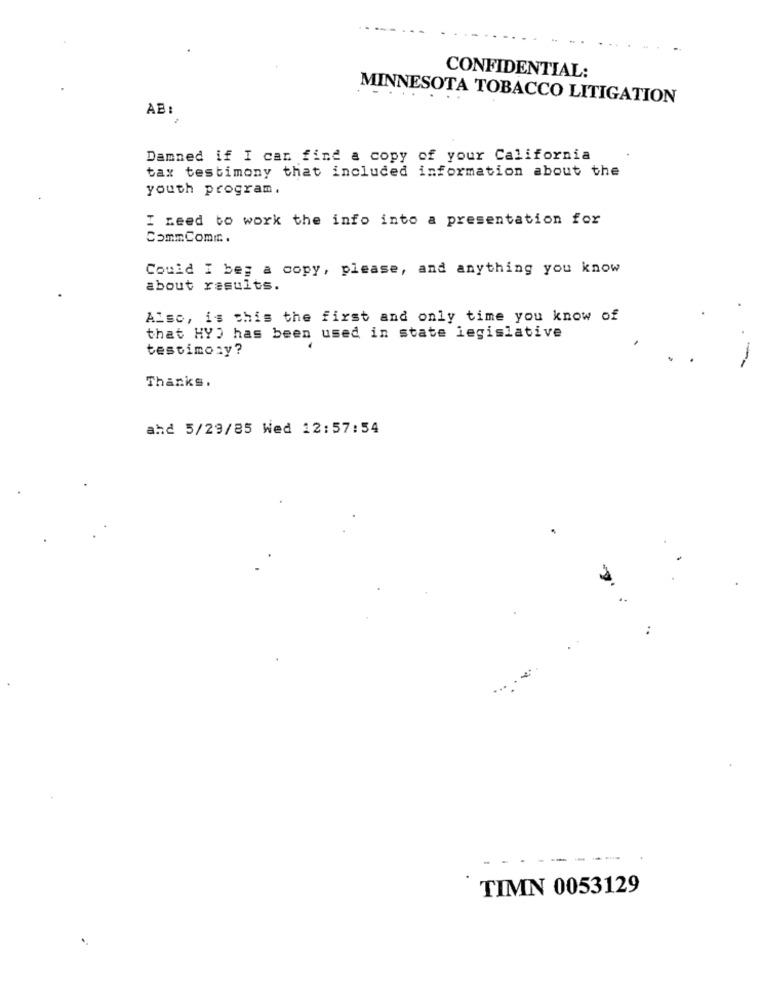
CONFIDENTIAL:
MINNESOTA TOBACCO LITIGATION
AB:
Damned if I can find a copy of your California
tax testimony that included information about the
youth program.
I need to work the info into a presentation for
CommComic.
Could I beg a copy, please, and anything you know
about results.
Also, is this the first and only time you know of
that HY) has been used in state legislative
testimony?
Thanks.
ahd 5/29/85 Wed 12:57:54
TIMN 0053129